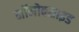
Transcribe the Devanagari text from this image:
मॉनोक्साइड